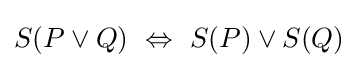
S(P\vee Q)\ \Leftrightarrow \ S(P)\vee S(Q)